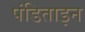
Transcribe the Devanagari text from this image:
पंडिताइन